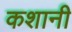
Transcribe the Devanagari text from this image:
कशानी